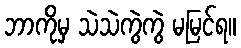
ဘာကိုမှ သဲသဲကွဲကွဲ မမြင်ရ။